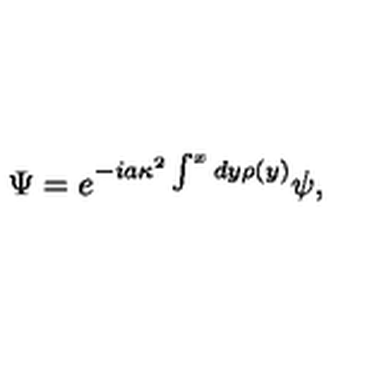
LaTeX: \Psi = e ^ { - i a \kappa ^ { 2 } \int ^ { x } d y \rho ( y ) } \psi ,